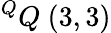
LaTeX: ^{Q}Q\ (3,3)